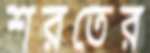
শরতের